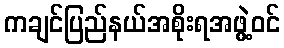
ကချင်ပြည်နယ်အစိုးရအဖွဲ့ဝင်